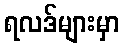
ရလဒ်များမှာ